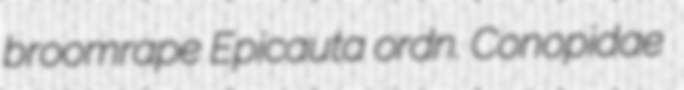
broomrape Epicauta ordn. Conopidae